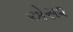
એસ૨